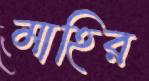
মাহির